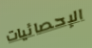
الإحصائيات